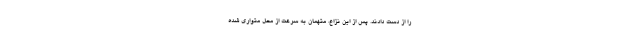
را از دست دادند. پس از این نزاع، متهمان به سرعت از محل متواری شده